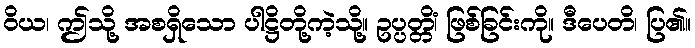
ဝိယ၊ ဤသို့ အစရှိသော ပါဋ္ဌိတို့ကဲ့သို့။ ဥပ္ပတ္တိံ၊ ဖြစ်ခြင်းကို။ ဒီပေတိ၊ ပြ၏။